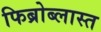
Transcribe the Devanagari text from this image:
फिब्रोब्लास्त